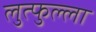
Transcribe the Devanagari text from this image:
लुत्फुल्ला